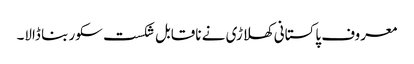
معروف پاکستانی کھلاڑی نے ناقابل شکست سکور بنا ڈالا۔